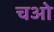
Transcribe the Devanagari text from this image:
चओ